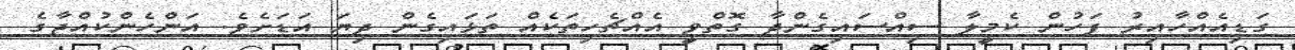
ގަޑިއެއްހާއިރު ފަހުން ކެމީލާ ސިއްސައިގެންދާ ގޮތްވީ އެއްޗެހިތަކެއް ތަޅައިގެން ދިޔަ އަޑަށެވެ. އަންހެންކުއްޖާގެ